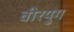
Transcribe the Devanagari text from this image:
वीरयुग